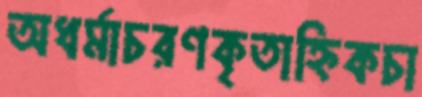
অধর্মাচরণকৃতাহ্নিকচা